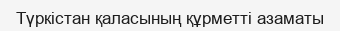
Түркістан қаласының құрметті азаматы